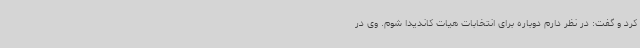
کرد و گفت: در نظر دارم دوباره برای انتخابات هیات کاندیدا شوم. وی در